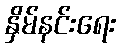
နှိမ်နင်းရေး